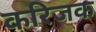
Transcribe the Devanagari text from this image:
करिजक